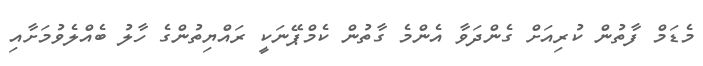
މެޑަމް ފާތުން ކުރިއަށް ގެންދަވާ އެންމެ ގާތުން ކެމްޕޭނަކީ ރައްޔިތުންގެ ހާލު ބެއްލެވުމަށާއި